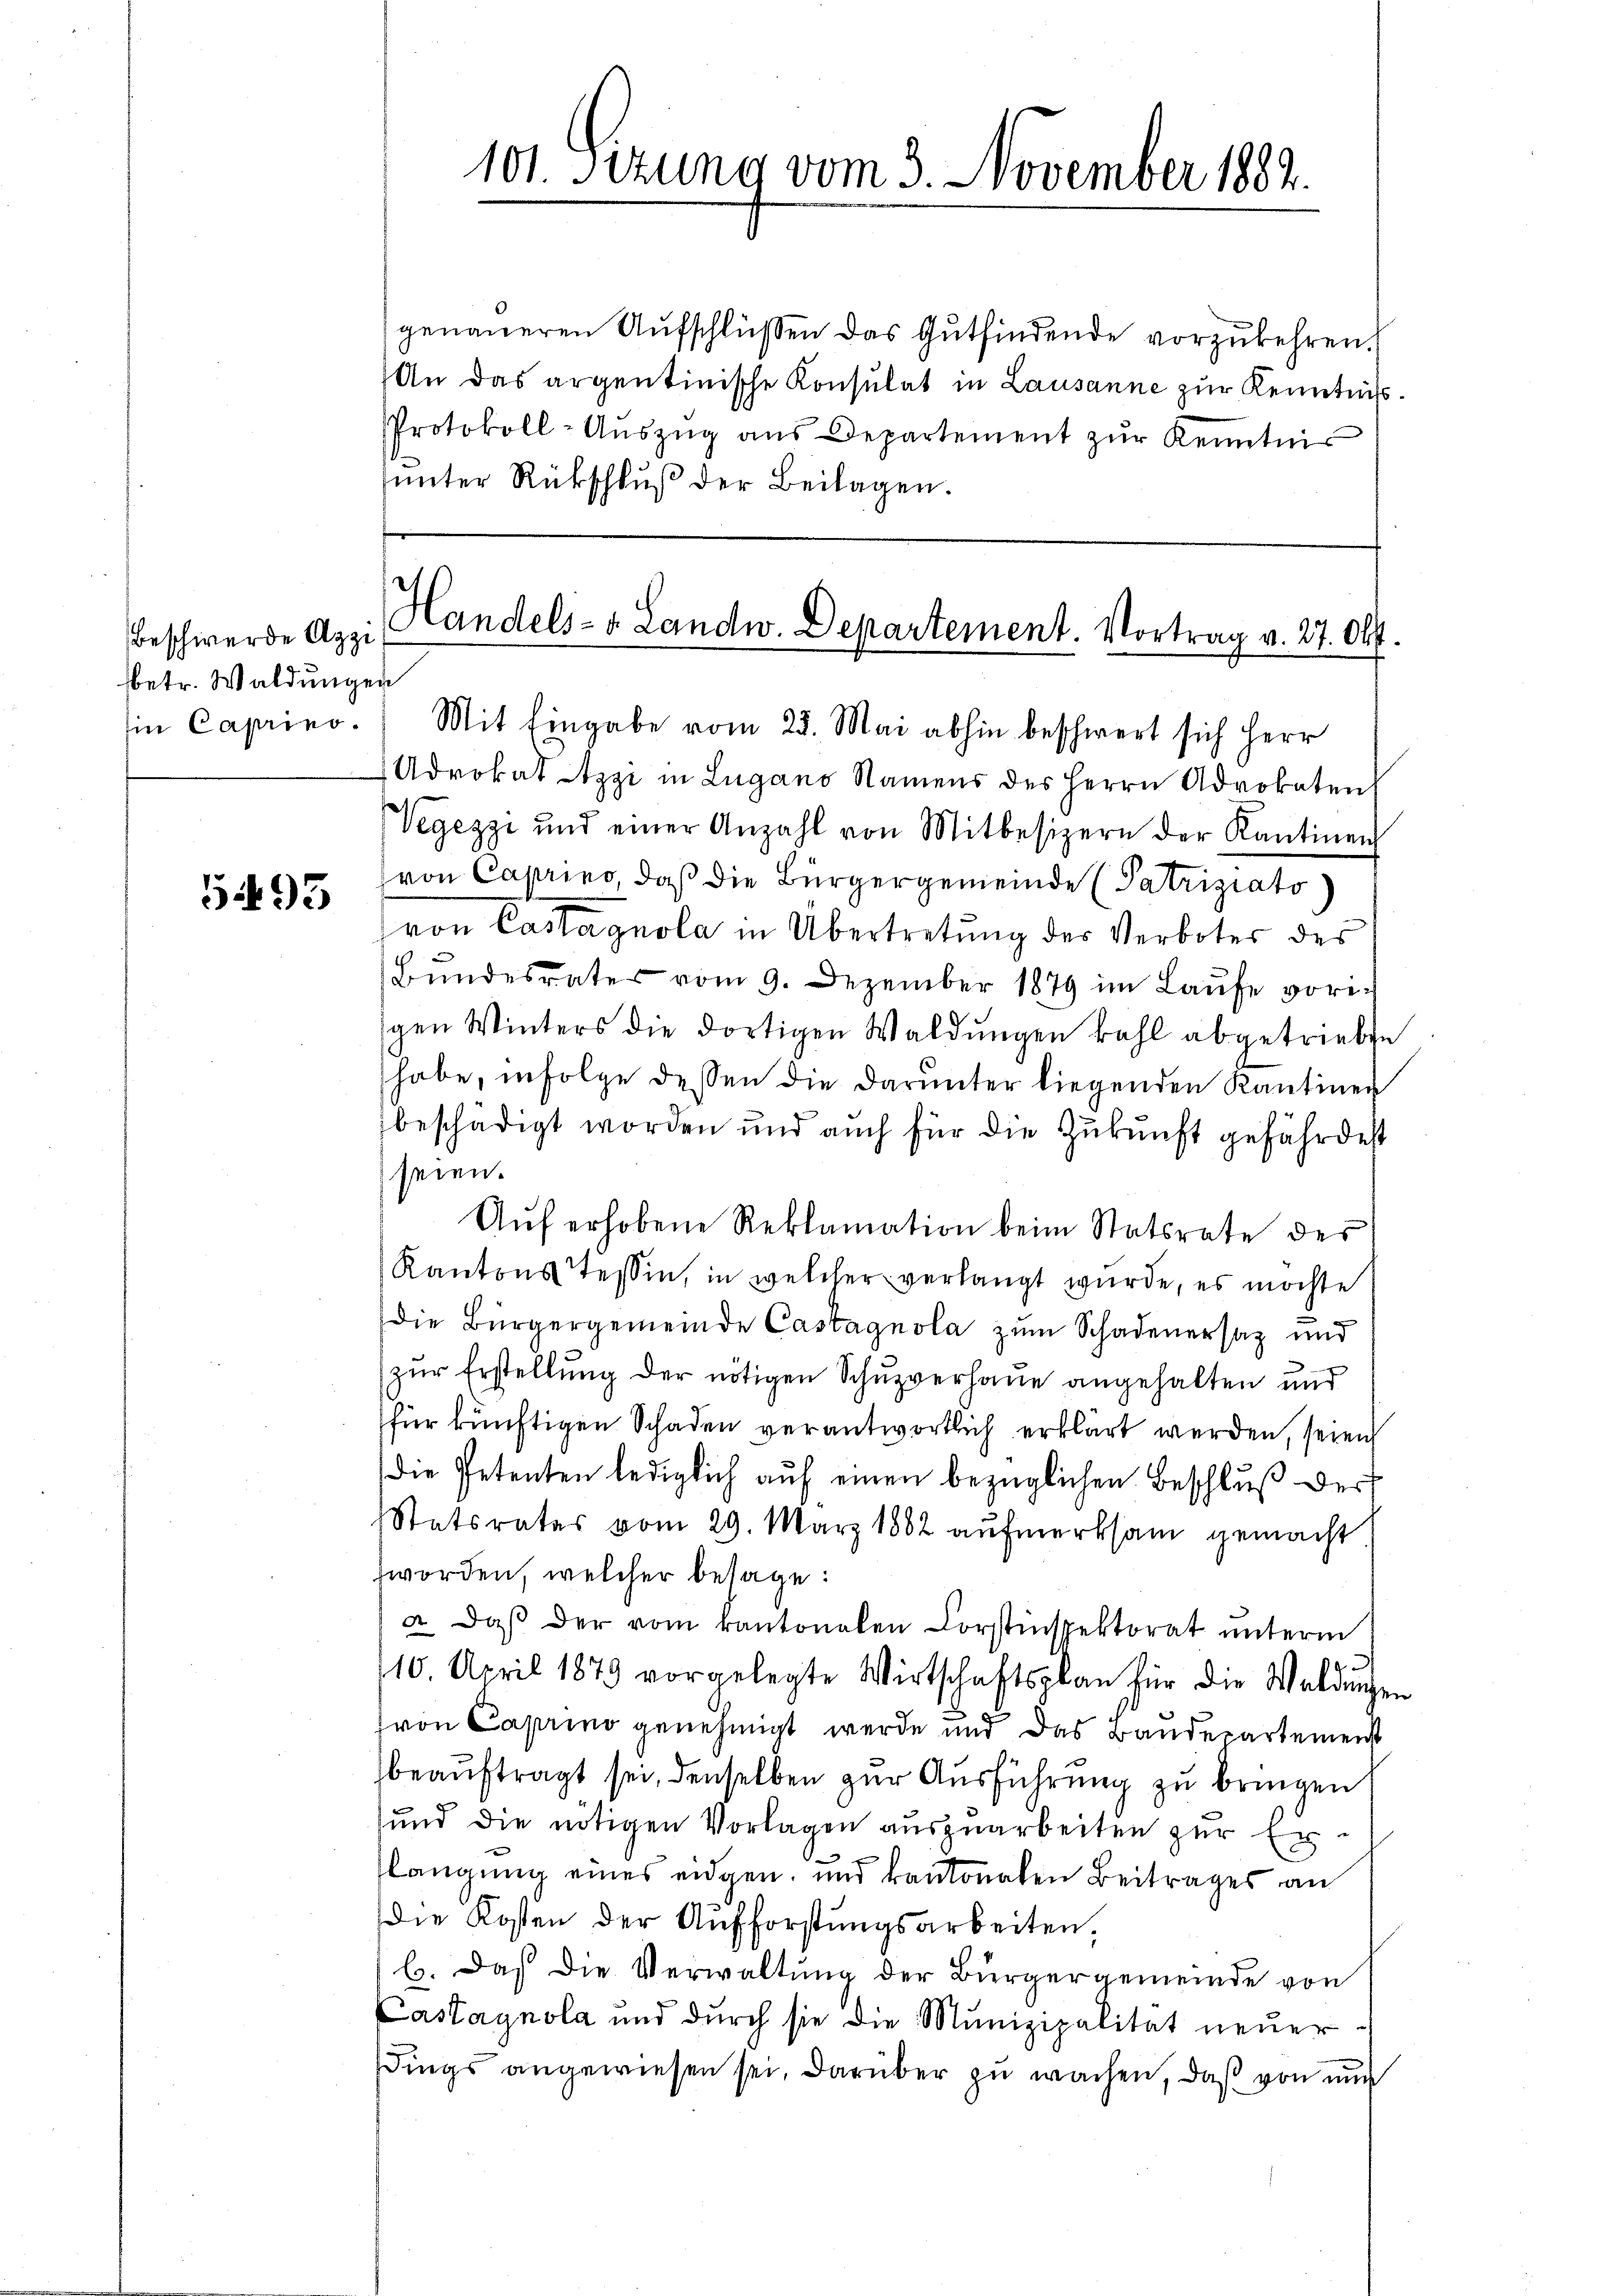
Beschwerde Apzi
betr. Waldungen

5493

genaueren Aufschlüssen das Gutfindende vorzukehren.
An das argentinische Konsulat in Lausanne zur Kenntniß¬
Protokoll-Aŭszŭg ans Departement zŭr Kenntnis
unter Rückschluß der Beilagen.

101. Sizung vom 3. November 1882.

Handels- & Landw. Departement. Vortrag v. 27. Okt.

in Caprino. Mit Eingabe vom 25. Mai abhin beschwert sich Herr
Adrokat Azzi in Lugano Namens des Herrn Advokaten
Vegezzi und einer Anzahl von Mitbesizern der Kantinen
von Capries, daß die Bürgergemeinde (Patriziato)
von Castagnola in Übertretung des Verbotes des
Bŭndesrates vom 9. Dezember 1879 im Laŭfe vorigen Winters die dortigen Waldungen kahl abgetriebe
habe, infolge dessen die darunter liegenden Kantinen
beschädigt worden und auch für die Zukunft gefährdest
seien.
Aŭf erhobene Reklamation beim Statsrate des
Kantons Tessin, in welcher verlangt wurde, es möchte
die Bürgergemeinde Castagnola zum Schadenersaz und
zur Erstellung der nötigen Schuzverhaue angehalten und
(für künftigen Schaden verantwortlich erklärt werden, seien
Die Petenten lediglich auf einen bezüglichen Beschluß der
Statsrates vom 29. März 1882 aŭfmerksam gemacht
worden, welcher besage:
a. daβ der vom kantonalen Forstinspektorat ŭnterm
1
10. April 1879 vorgelegte Wirtschaftsplan für die Waldungen
von Caprino genehmigt werde und das Bandepartemenst
beauftragt sei, denselben zur Ausführung zu bringen
und die nötigen Vorlagen auszuarbeiten zur Erlangung eines eidgen, und kantonalen Beitrages an
Die Kosten der Aufforstungsarbeiten,
b. Daß die Verwaltung der Bürgergemeinde von
Castagnola und durch sie die Munizipalität neŭer-
sdings angewiesen sei, darüber zu wachen, daß von nun